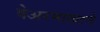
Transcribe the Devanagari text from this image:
वेअरमाख्टने